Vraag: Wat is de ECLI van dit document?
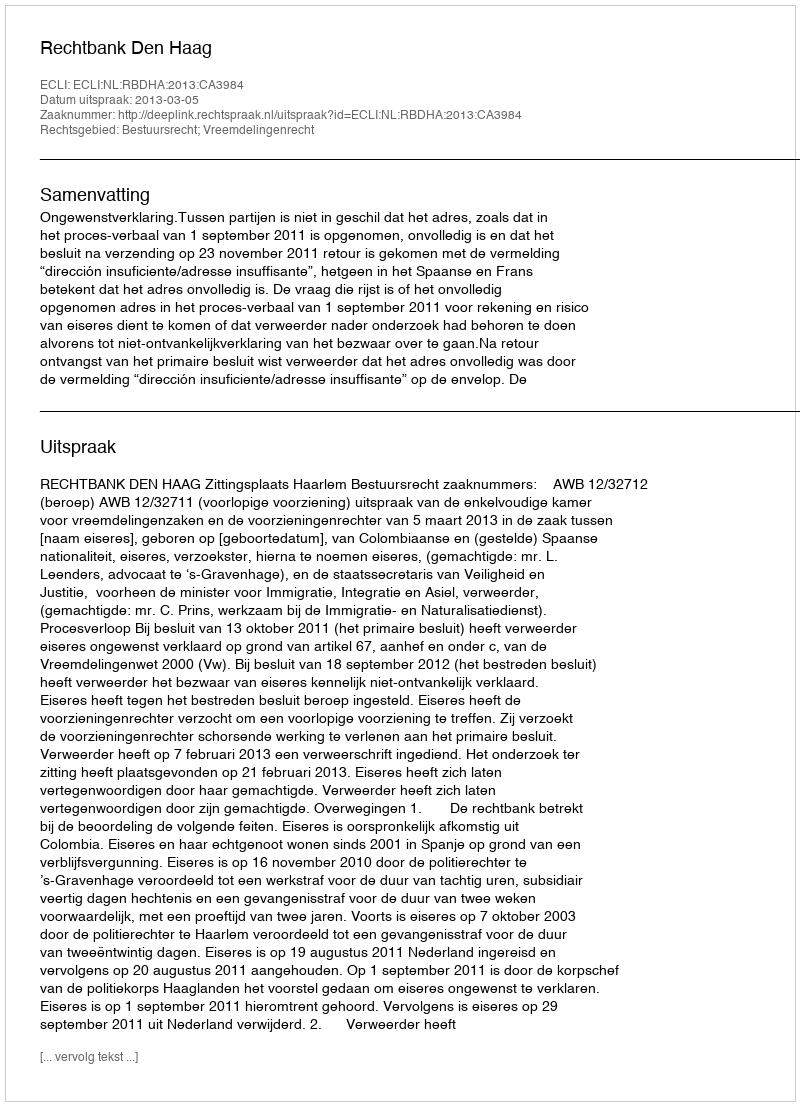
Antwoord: ECLI:NL:RBDHA:2013:CA3984